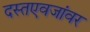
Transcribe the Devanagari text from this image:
दस्तएवजांवर